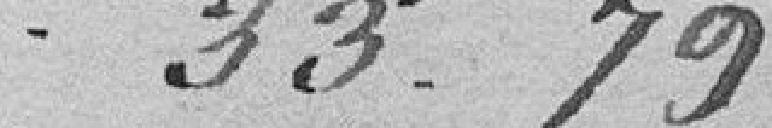
33,79 francs